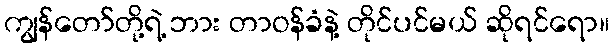
ကျွန်တော်တို့ရဲ့ ဘား တာဝန်ခံနဲ့ တိုင်ပင်မယ် ဆိုရင်ရော။